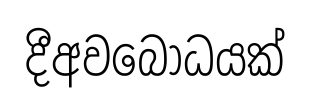
දීඅවබෝධයක්